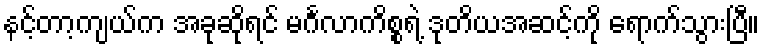
နင့်တာ့ကျယ်က အခုဆိုရင် မင်္ဂလာကိစ္စရဲ့ ဒုတိယအဆင့်ကို ရောက်သွားပြီ။